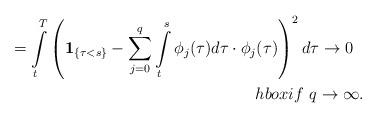
LaTeX: \begin{align*}=\int\limits_t^T\left({\bf 1}_{\{\tau<s\}}-\sum_{j=0}^{q}\int\limits_t^s\phi_j(\tau)d\tau \cdot \phi_j(\tau)\right)^2 d\tau\to 0\ \ \\hbox{if}\ q\to\infty.\end{align*}